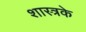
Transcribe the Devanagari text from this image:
शास्त्रके